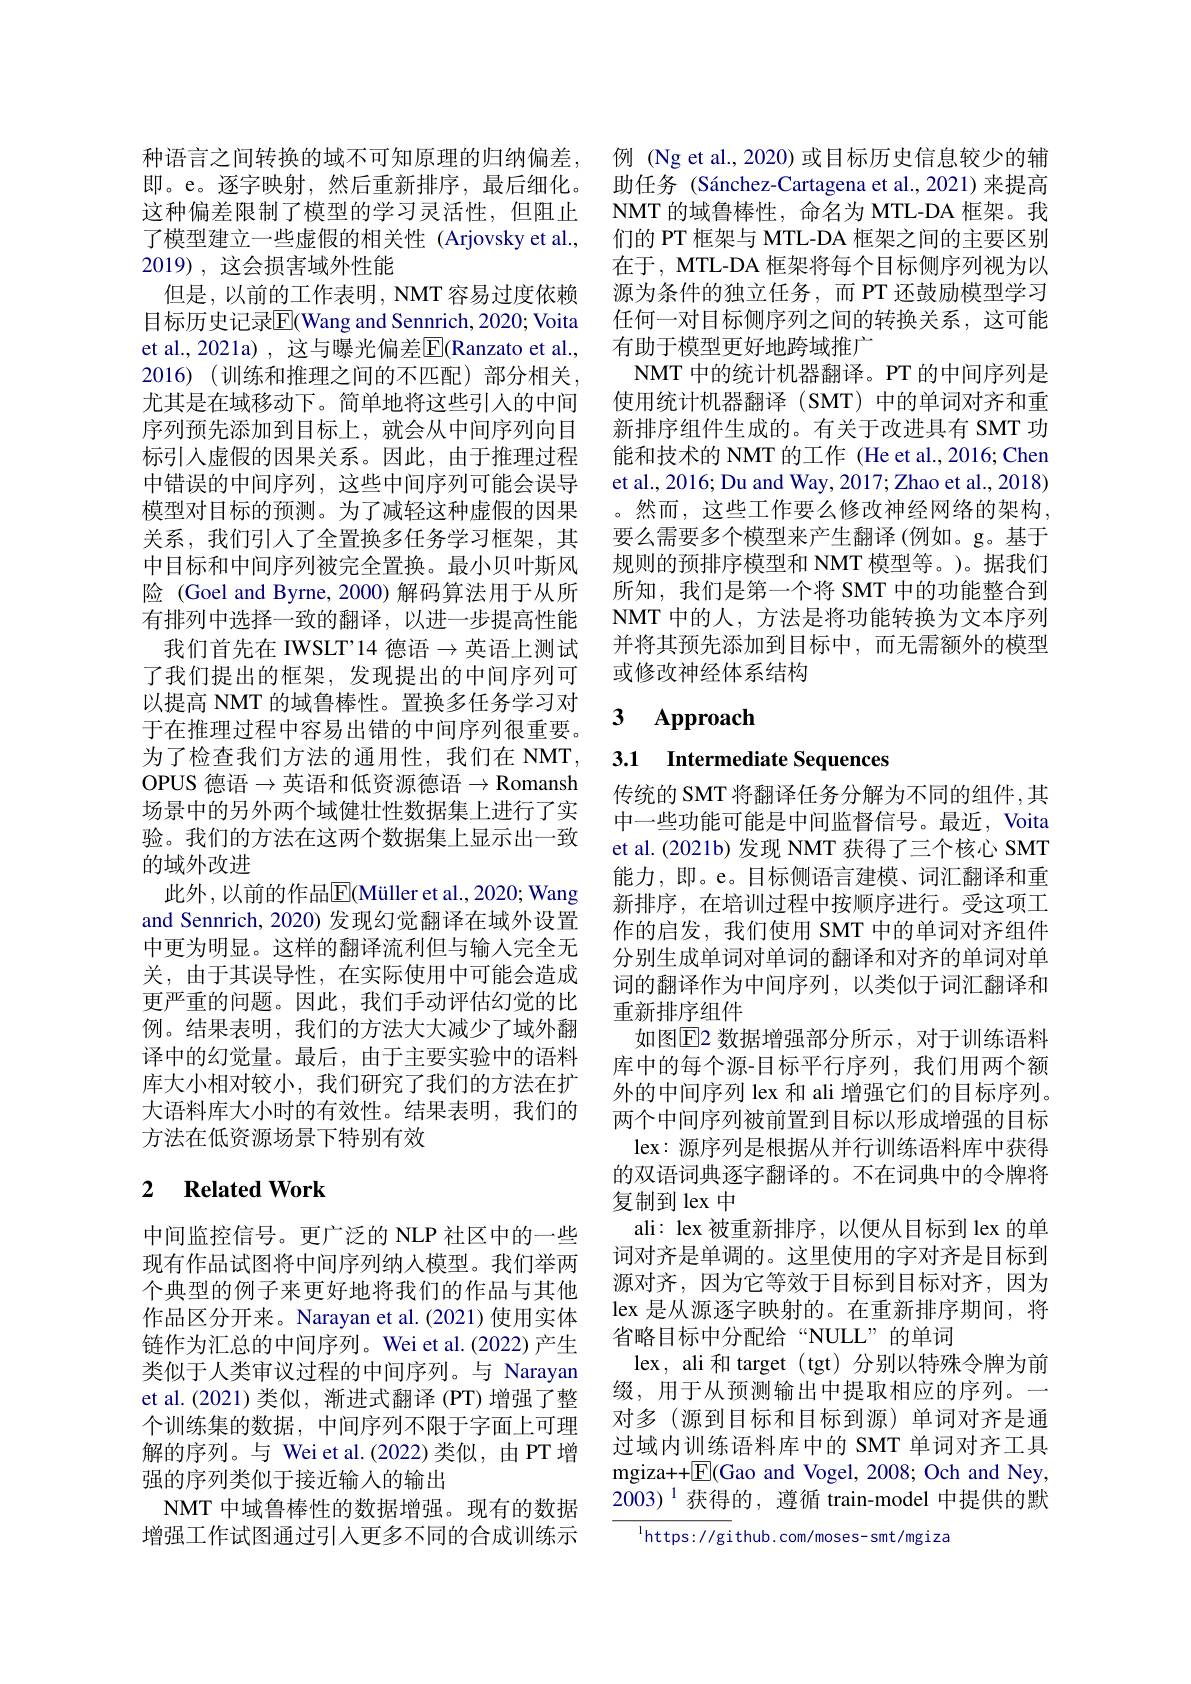
这种偏差限制了模型的学习灵活性，但阻止了模型建立一些虚假的相关性 (Arjovsky et al., 2019) , 这会损害域外性能
但是，以前的工作表明，NMT 容易过度依赖目标历史记录$\overline{\mathrm{E}}($Wang and Sennrich, 2020; Voita et al., 2021a) , 这与曝光偏差E$( Ranzato et al. $, 2016) (训练和推理之间的不匹配)部分相关， 尤其是在域移动下。简单地将这些引入的中间序列预先添加到目标上，就会从中间序列向目标引入虚假的因果关系。因此，由于推理过程中错误的中间序列，这些中间序列可能会误导模型对目标的预测。为了减轻这种虚假的因果关系，我们引人了全置换多任务学习框架，其中目标和中间序列被完全置换。最小贝叶斯风险 (Goel and Byrne, 2000) 解码算法用于从所有排列中选择一致的翻译，以进一步提高性能我们首先在 IWSLT'14 德语$\to$英语上测试了我们提出的框架，发现提出的中间序列可以提高 NMT 的域鲁棒性。置换多任务学习对于在推理过程中容易出错的中间序列很重要。为了检查我们方法的通用性，我们在 NMT, OPUS 德语$\to$英语和低资源德语$\to\mathbb{R}$omansh 场景中的另外两个域健壮性数据集上进行了实验。我们的方法在这两个数据集上显示出一致的域外改进
此外 ,以前的作品$\overline{\mathrm{E}}($Müller et al.,2020; Wang and Sennrich, 2020) 发现幻觉翻译在域外设置中更为明显。这样的翻译流利但与输入完全无关，由于其误导性，在实际使用中可能会造成更严重的问题。因此，我们手动评估幻觉的比例。结果表明，我们的方法大大减少了域外翻译中的幻觉量。最后，由于主要实验中的语料库大小相对较小，我们研究了我们的方法在扩大语料库大小时的有效性。结果表明，我们的方法在低资源场景下特别有效

# 2 $\textbf{Related Work}$

中间监控信号。更广泛的 NLP 社区中的一些现有作品试图将中间序列纳人模型。我们举两个典型的例子来更好地将我们的作品与其他作品区分开来。Narayan et al.(2021) 使用实体链作为汇总的中间序列。Wei et al.(2022)产生类似于人类审议过程的中间序列。与 Narayan et al. (2021) 类似，渐进式翻译 (PT) 增强了整个训练集的数据，中间序列不限于字面上可理解的序列。与 Wei et al.(2022)类似，由 PT 增强的序列类似于接近输人的输出
NMT 中域鲁棒性的数据增强。现有的数据增强工作试图通过引人更多不同的合成训练示

种语言之间转换的域不可知原理的归纳偏差，例 (Ng et al.,2020) 或目标历史信息较少的辅即。e。逐字映射，然后重新排序，最后细化。助任务 (Sánchez-Cartagena et al.,2021)来提高
NMT 的域鲁棒性，命名为 MTL-DA 框架。我们的 PT 框架与 MTL-DA 框架之间的主要区别在于，MTL-DA 框架将每个目标侧序列视为以源为条件的独立任务，而 PT 还鼓励模型学习任何一对目标侧序列之间的转换关系，这可能有助于模型更好地跨域推广
NMT 中的统计机器翻译。PT 的中间序列是使用统计机器翻译(SMT)中的单词对齐和重新排序组件生成的。有关于改进具有 SMT 功能和技术的 NMT 的工作 (He et al., 2016; Chen et al., 2016; Du and Way, 2017; Zhao et al., 2018) 。然而，这些工作要么修改神经网络的架构， 要么需要多个模型来产生翻译 (例如。g。基于规则的预排序模型和 NMT 模型等。)。据我们所知，我们是第一个将 SMT 中的功能整合到NMT 中的人，方法是将功能转换为文本序列并将其预先添加到目标中，而无需额外的模型或修改神经体系结构

## $\textbf{3}$ $\textbf{Approach}$

3.1 Intermediate Sequences

传统的 SMT 将翻译任务分解为不同的组件 ,其中一些功能可能是中间监督信号。最近，Voita et al.(2021b) 发现 NMT 获得了三个核心 SMT 能力，即。e。目标侧语言建模、词汇翻译和重新排序，在培训过程中按顺序进行。受这项工作的启发，我们使用 SMT 中的单词对齐组件分别生成单词对单词的翻译和对齐的单词对单词的翻译作为中间序列，以类似于词汇翻译和重新排序组件
如图E2 数据增强部分所示，对于训练语料库中的每个源-目标平行序列，我们用两个额外的中间序列 lex 和 ali 增强它们的目标序列。两个中间序列被前置到目标以形成增强的目标
lex: 源序列是根据从并行训练语料库中获得的双语词典逐字翻译的。不在词典中的令牌将复制到 lex 中
ali: lex 被重新排序，以便从目标到 lex 的单词对齐是单调的。这里使用的字对齐是目标到源对齐，因为它等效于目标到目标对齐，因为lex 是从源逐字映射的。在重新排序期间，将省略目标中分配给“NULL”的单词
lex, ali 和 target (tgt) 分别以特殊令牌为前缀，用于从预测输出中提取相应的序列。一对多(源到目标和目标到源)单词对齐是通过域内训练语料库中的 SMT 单词对齐工具mgiza+ + $\underline {{\mathrm{E} }}($Gao and Vogel, 2008; Och and Ney, 2003)$^{1}$获得的，遵循 train-model 中提供的默
$^{\mathrm{l}}$https://github.com/moses-smt/mgiza